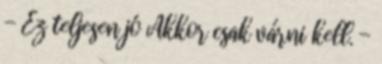
- Ez teljesen jó Akkor csak várni kell. -